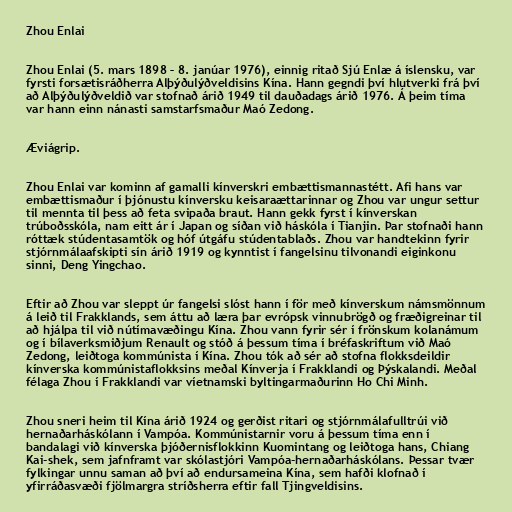
Zhou Enlai

Zhou Enlai (5. mars 1898 – 8. janúar 1976), einnig ritað Sjú Enlæ á íslensku, var
fyrsti forsætisráðherra Alþýðulýðveldisins Kína. Hann gegndi því hlutverki frá því
að Alþýðulýðveldið var stofnað árið 1949 til dauðadags árið 1976. Á þeim tíma
var hann einn nánasti samstarfsmaður Maó Zedong.

Æviágrip.

Zhou Enlai var kominn af gamalli kínverskri embættismannastétt. Afi hans var
embættismaður í þjónustu kínversku keisaraættarinnar og Zhou var ungur settur
til mennta til þess að feta svipaða braut. Hann gekk fyrst í kínverskan
trúboðsskóla, nam eitt ár í Japan og síðan við háskóla í Tianjin. Þar stofnaði hann
róttæk stúdentasamtök og hóf útgáfu stúdentablaðs. Zhou var handtekinn fyrir
stjórnmálaafskipti sín árið 1919 og kynntist í fangelsinu tilvonandi eiginkonu
sinni, Deng Yingchao.

Eftir að Zhou var sleppt úr fangelsi slóst hann í för með kínverskum námsmönnum
á leið til Frakklands, sem áttu að læra þar evrópsk vinnubrögð og fræðigreinar til
að hjálpa til við nútímavæðingu Kína. Zhou vann fyrir sér í frönskum kolanámum
og í bílaverksmiðjum Renault og stóð á þessum tíma í bréfaskriftum við Maó
Zedong, leiðtoga kommúnista í Kína. Zhou tók að sér að stofna flokksdeildir
kínverska kommúnistaflokksins meðal Kínverja í Frakklandi og Þýskalandi. Meðal
félaga Zhou í Frakklandi var víetnamski byltingarmaðurinn Ho Chi Minh.

Zhou sneri heim til Kína árið 1924 og gerðist ritari og stjórnmálafulltrúi við
hernaðarháskólann í Vampóa. Kommúnistarnir voru á þessum tíma enn í
bandalagi við kínverska þjóðernisflokkinn Kuomintang og leiðtoga hans, Chiang
Kai-shek, sem jafnframt var skólastjóri Vampóa-hernaðarháskólans. Þessar tvær
fylkingar unnu saman að því að endursameina Kína, sem hafði klofnað í
yfirráðasvæði fjölmargra stríðsherra eftir fall Tjingveldisins.